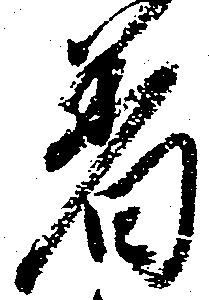
着